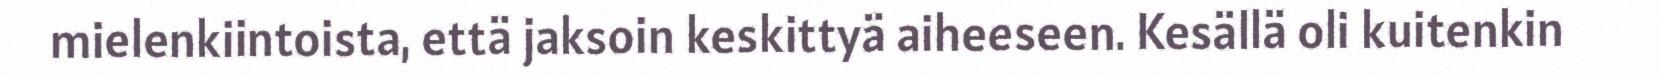
mielenkiintoista, että jaksoin keskittyä aiheeseen. Kesällä oli kuitenkin